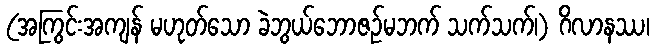
(အကြွင်းအကျန် မဟုတ်သော ခဲဘွယ်ဘောဇဉ်မဘက် သက်သက်၊) ဂိလာနဿ၊